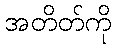
အတိတ်ကို